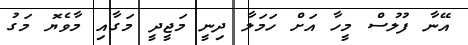
އޭނާ ފުލުސް މީހާ އަށް ހަމަލާ ދިނީ މަޖީދީ މަގާއި މާވެޔޮ މަގު